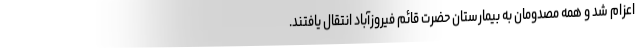
اعزام شد و همه مصدومان به بیمارستان حضرت قائم فیروزآباد انتقال یافتند.